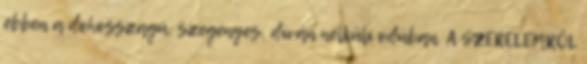
ebben a dohosszagú, szegényes, díván nélküli odúban. A SZERELEMRŐL